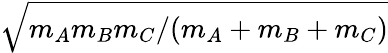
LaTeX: \sqrt{m_{A}m_{B}m_{C}/(m_{A}+m_{B}+m_{C})}